Indian journal of veterinary science and animal husbandry - Volume 10,
Year: 1940
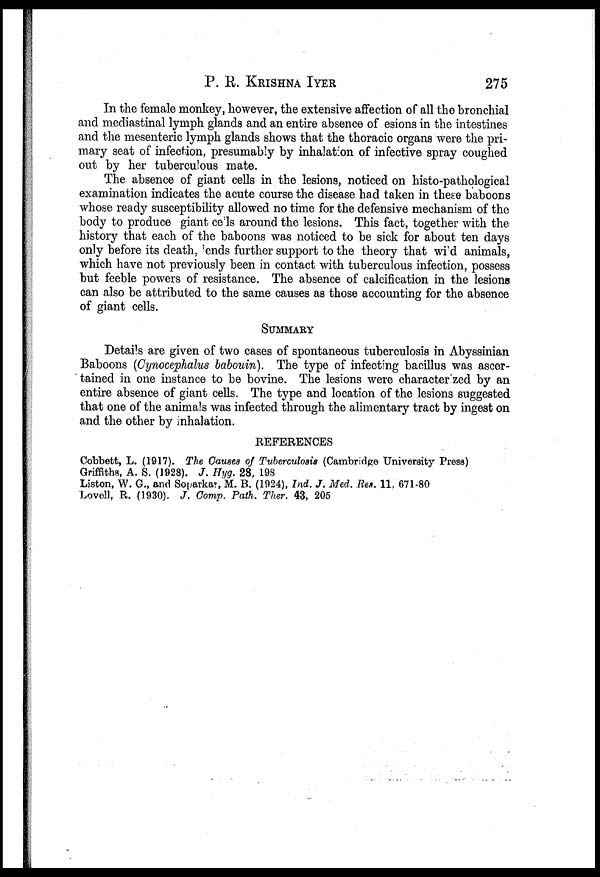
P. R. KRISHNA IYER 275
In the female monkey, however, the extensive affection of all the bronchial
and mediastinal lymph glands and an entire absence of esions in the intestines
and the mesenteric lymph glands shows that the thoracic organs were the pri-
mary seat of infection, presumably by inhalation of infective spray coughed
out by her tuberculous mate.
The absence of giant cells in the lesions, noticed on histo-pathological
examination indicates the acute course the disease had taken in these baboons
whose ready susceptibility allowed no time for the defensive mechanism of the
body to produce giant cells around the lesions. This fact, together with the
history that each of the baboons was noticed to be sick for about ten days
only before its death, ends further support to the theory that wild animals,
which have not previously been in contact with tuberculous infection, possess
but feeble powers of resistance. The absence of calcification in the lesions
can also be attributed to the same causes as those accounting for the absence
of giant cells.
SUMMARY
Details are given of two cases of spontaneous tuberculosis in Abyssinian
Baboons (Cynocephalus babouin). The type of infecting bacillus was ascer-
tained in one instance to be bovine. The lesions were characterized by an
entire absence of giant cells. The type and location of the lesions suggested
that one of the animals was infected through the alimentary tract by ingest on
and the other by inhalation.
REFERENCES
Cobbett, L. (1917). The Causes of Tuberculosis (Cambridge University Press)
Griffiths, A. S. (1928). J. Hyg. 28, 198
Liston, W. G., and Soparkar, M. B. (1924), Ind. J. Med. Res. 11, 671-80
Lovell, R. (1930). J. Comp. Path. Ther. 43, 205